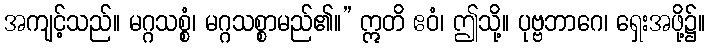
အကျင့်သည်။ မဂ္ဂသစ္စံ၊ မဂ္ဂသစ္စာမည်၏။” ဣတိ ဧဝံ၊ ဤသို့။ ပုဗ္ဗဘာဂေ၊ ရှေးအဖို့၌။